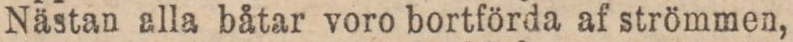
Nästan alla båtar voro bortförda af strömmen,